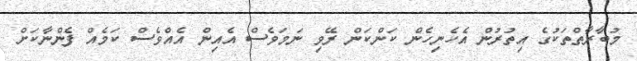
މުބާރާތްތަކުގެ އިތުރުން އެހެނިހެން ކަންކަން ރޭވި ނަމަވެސް އެއިން އެއްވެސް ކަމެއް ފެންނާކަށް